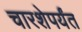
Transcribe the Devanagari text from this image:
चारशेपर्यंत